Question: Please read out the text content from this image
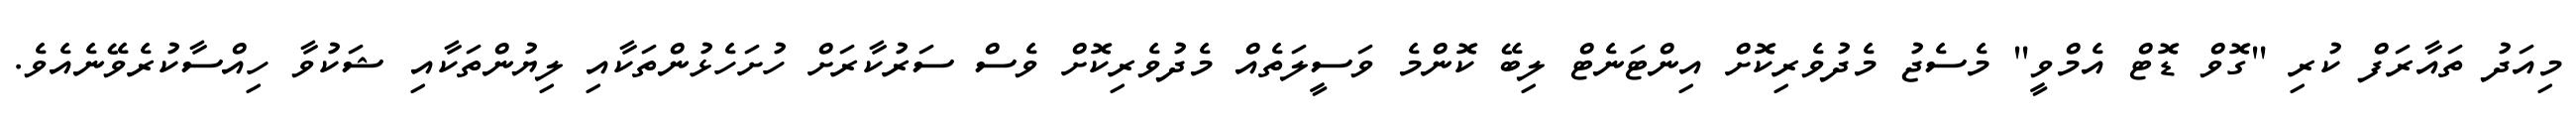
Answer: މިއަދު ތައާރަފް ކުރި "ގޮވް ޑޮޓް އެމްވީ" މެސެޖު މެދުވެރިކޮށް އިންޓަނެޓް ލިބޭ ކޮންމެ ވަސީލަތެއް މެދުވެރިކޮށް ވެސް ސަރުކާރަށް ހުށަހެޅުންތަކާއި ލިޔުންތަކާއި ޝަކުވާ ހިއްސާކުރެވޭނެއެވެ.